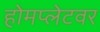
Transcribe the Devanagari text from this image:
होमप्लेटवर